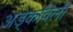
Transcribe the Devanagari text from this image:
अड्कविली